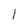
Character: l